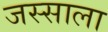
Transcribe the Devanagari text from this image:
जस्साला